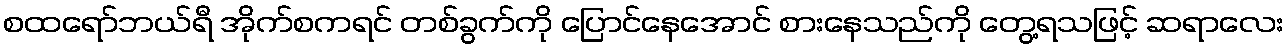
စထရော်ဘယ်ရီ အိုက်စကရင် တစ်ခွက်ကို ပြောင်နေအောင် စားနေသည်ကို တွေ့ရသဖြင့် ဆရာလေး